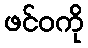
ဖင်ဝကို